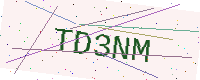
Text: TD3NM